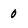
Character: 0